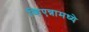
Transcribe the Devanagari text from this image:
व्हिएन्नामध्ये